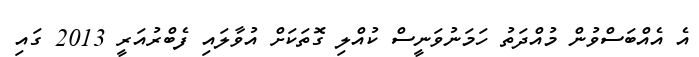
އެ އެއްބަސްވުން މުއްދަތު ހަމަނުވަނީސް ކުއްލި ގޮތަކަށް އުވާލައި ފެބްރުއަރީ 2013 ގައި